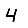
Digit: 4